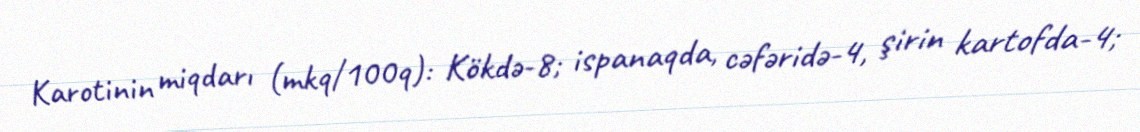
Karotinin miqdarı (mkq/100q): Kökdə-8; ispanaqda, cəfəridə-4, şirin kartofda-4;